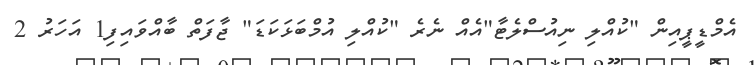
އެމްޑީޕީއިން "ކުއްލި ނިއުސްލެޓާ"އެއް ނެރެ "ކުއްލި އުމްބަޅަކަޑަ" ޖާފަތް ބާއްވައިފި1 އަހަރު 2